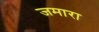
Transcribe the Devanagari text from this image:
जमारा